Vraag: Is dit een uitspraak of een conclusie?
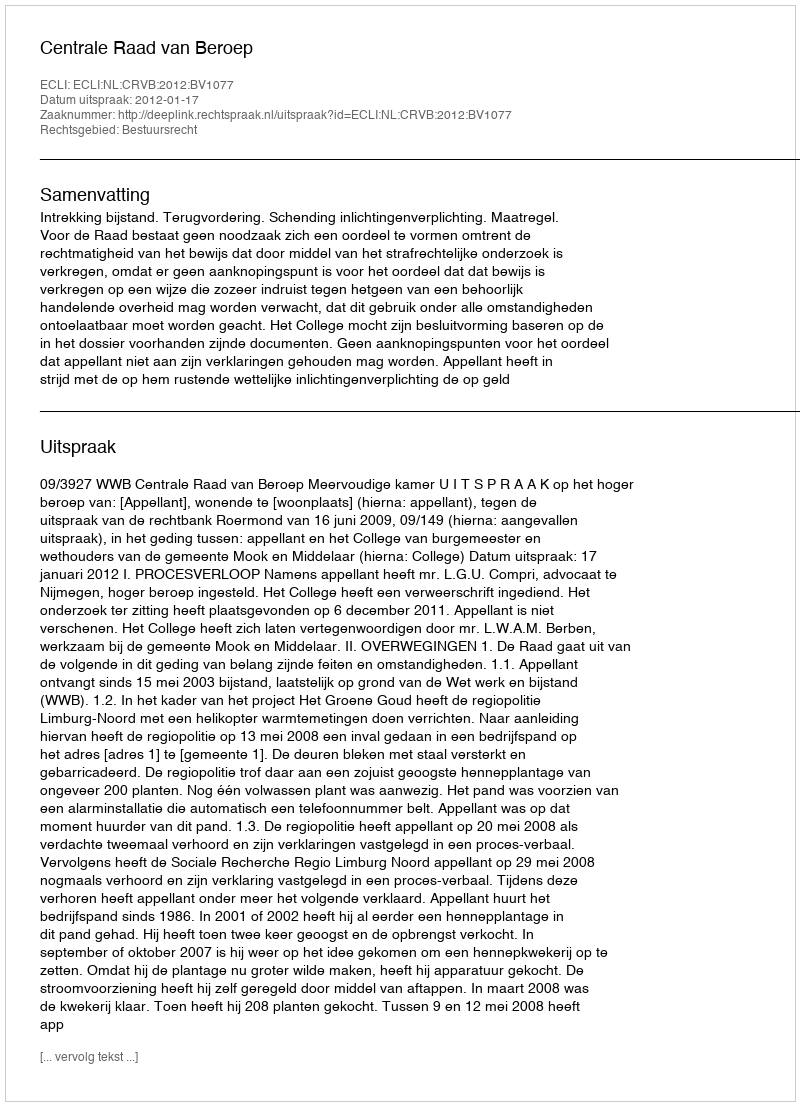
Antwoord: Uitspraak